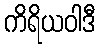
ကိရိယဝါဒီ